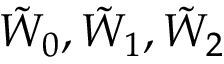
\tilde { W } _ { 0 } , \tilde { W } _ { 1 } , \tilde { W } _ { 2 }